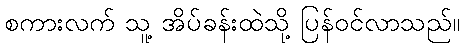
စကားလက် သူ့ အိပ်ခန်းထဲသို့ ပြန်ဝင်လာသည်။